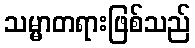
သမ္မာတရားဖြစ်သည်